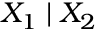
X _ { 1 } \mid X _ { 2 }